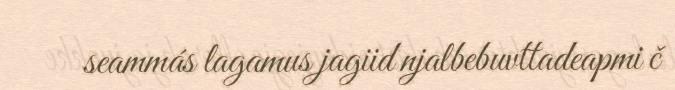
seammás lagamus jagiid njalbebuvttadeapmi č